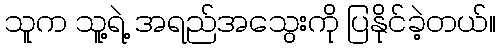
သူက သူ့ရဲ့ အရည်အသွေးကို ပြနိုင်ခဲ့တယ်။